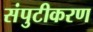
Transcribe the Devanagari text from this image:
संपुटीकरण